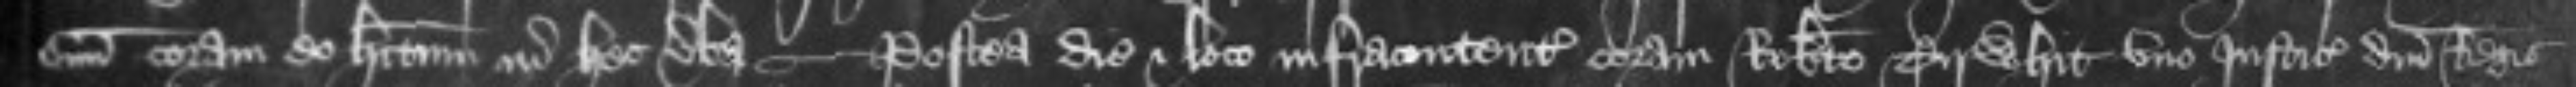
suum coram eo habitum in hec verba -- Postea die et loco infracontentis coram Roberto Tirwhit uno Justiciariorum domini Regis